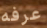
عرفه